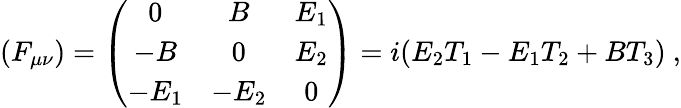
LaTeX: (F_{\mu\nu})=\left(\begin{array}{ccc}{{0}}&{{B}}&{{E_{1}}}\\ {{-B}}&{{0}}&{{E_{2}}}\\ {{-E_{1}}}&{{-E_{2}}}&{{0}}\end{array}\right)=i(E_{2}T_{1}-E_{1}T_{2}+BT_{3})\ ,